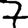
Digit: 7